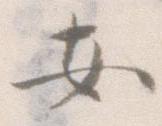
安